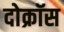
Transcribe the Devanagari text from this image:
दोक्रॉस